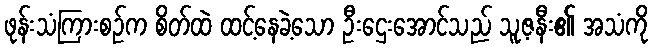
ဖုန်းသံကြားစဉ်က စိတ်ထဲ ထင့်နေခဲ့သော ဦးဌေးအောင်သည် သူ့ဇနီး၏ အသံကို